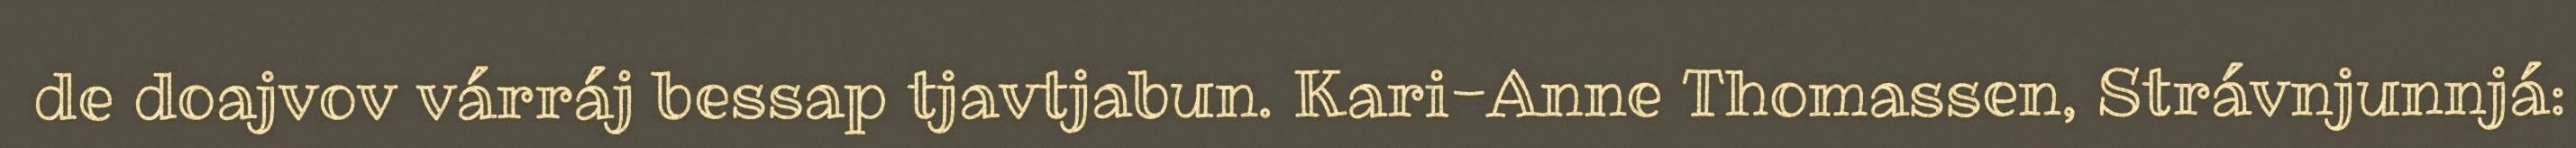
de doajvov várráj bessap tjavtjabun. Kari-Anne Thomassen, Strávnjunnjá: